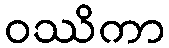
ဝဿိကာ